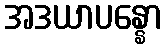
အဒယာပန္နော